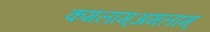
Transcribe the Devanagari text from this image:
कमलाम्अमलाम्